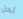
نحن